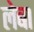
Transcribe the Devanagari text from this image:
लेबा